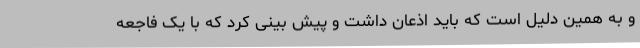
و به همین دلیل است که باید اذعان داشت و پیش بینی کرد که با یک فاجعه